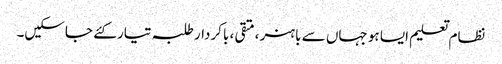
نظام تعلیم ایسا ہو جہاں سے باہنر ،متقی ، باکردار طلبہ تیار کئے جاسکیں۔